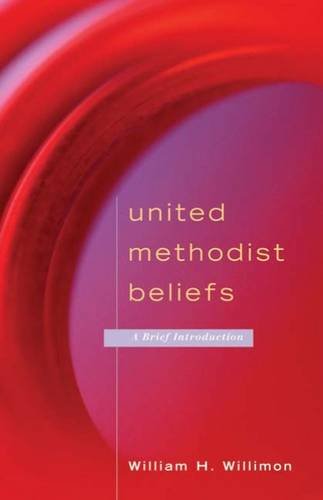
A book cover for United Methodist Beliefs: A Brief Introduction; William H. Willimon; Christian Books & Bibles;